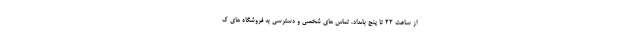
از ساعت ۲۲ تا پنج بامداد، تماس های شخصی و دسترسی به فروشگاه های ک